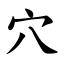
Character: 穴